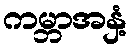
ကမ္ဘာအနှံ့